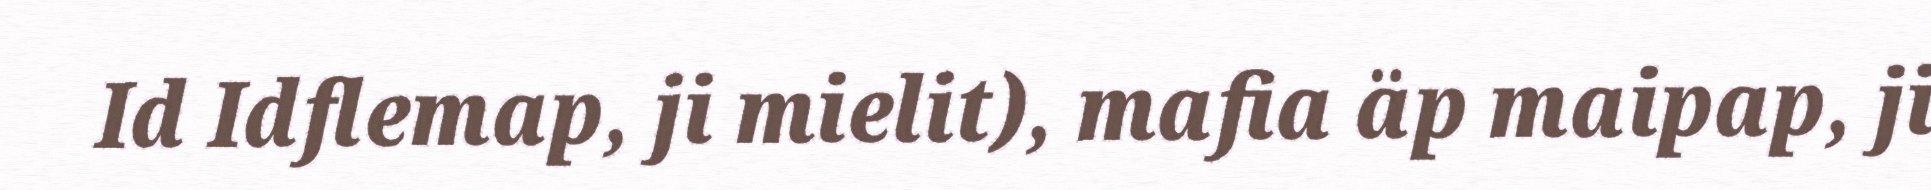
Id Idflemap, ji mielit), mafia äp maipap, ji